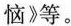
恼》等。